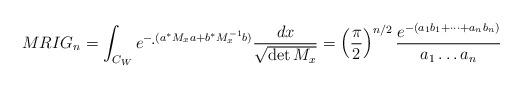
LaTeX: \begin{align*}MRIG_n=\int_{C_W}e^{-\d\,( a^*M_xa+b^*M_x^{-1}b)}\frac{dx}{\sqrt{\det M_x}}=\left(\frac{\pi}{2}\right)^{n/2}\frac{e^{-(a_1b_1+\cdots+a_nb_n)}}{a_1\ldots a_n}\end{align*}